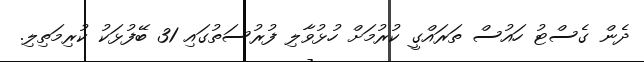
ދެން ގެސްޓު ހައުސް ތަރައްގީ ކުރުމަށް ހުޅުވާލި ފުރުސަތުގައި 31 ބޭފުޅަކު ކުރިމަތިލި.